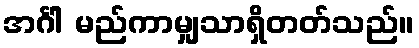
အင်္ဂါ မည်ကာမျှသာရှိတတ်သည်။